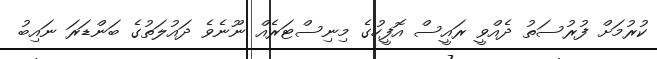
ކުރުމަށް ފުރުސަތު ދެއްވީ ރައީސް އޮފީހުގެ މިނިސްޓަރެއް ނޫނެވެ ދައުލަތުގެ ބަންޑަރަ ނައިބު